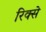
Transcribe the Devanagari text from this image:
रिक्से